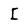
Character: I